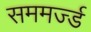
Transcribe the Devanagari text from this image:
सममर्ज्ड